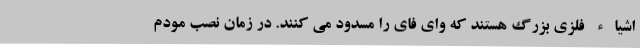
اشیاء فلزی بزرگ هستند که وای فای را مسدود می کنند. در زمان نصب مودم